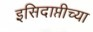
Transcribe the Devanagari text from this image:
इसिदाप्तीच्या